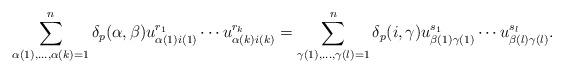
LaTeX: \begin{gather*}\sum_{\alpha(1),\ldots,\alpha(k)=1}^n \delta_p(\alpha,\beta) u_{\alpha(1)i(1)}^{r_1}\cdots u_{\alpha(k)i(k)}^{r_k}=\sum_{\gamma(1),\ldots,\gamma(l)=1}^n \delta_p(i,\gamma) u_{\beta(1)\gamma(1)}^{s_1}\cdots u_{\beta(l)\gamma(l)}^{s_l}.\end{gather*}